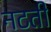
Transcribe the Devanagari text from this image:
नटती